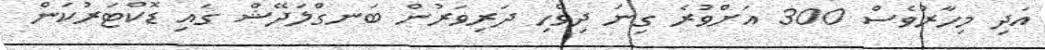
އަދި މިހާރުވެސް 300 އަށްވުރެ ގިނަ ދިވެހި ދަރިވަރުން ބަނގްލަދޭޝް ގައި ޑޮކްޓަރުކަން